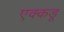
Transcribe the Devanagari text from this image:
एक्कडू